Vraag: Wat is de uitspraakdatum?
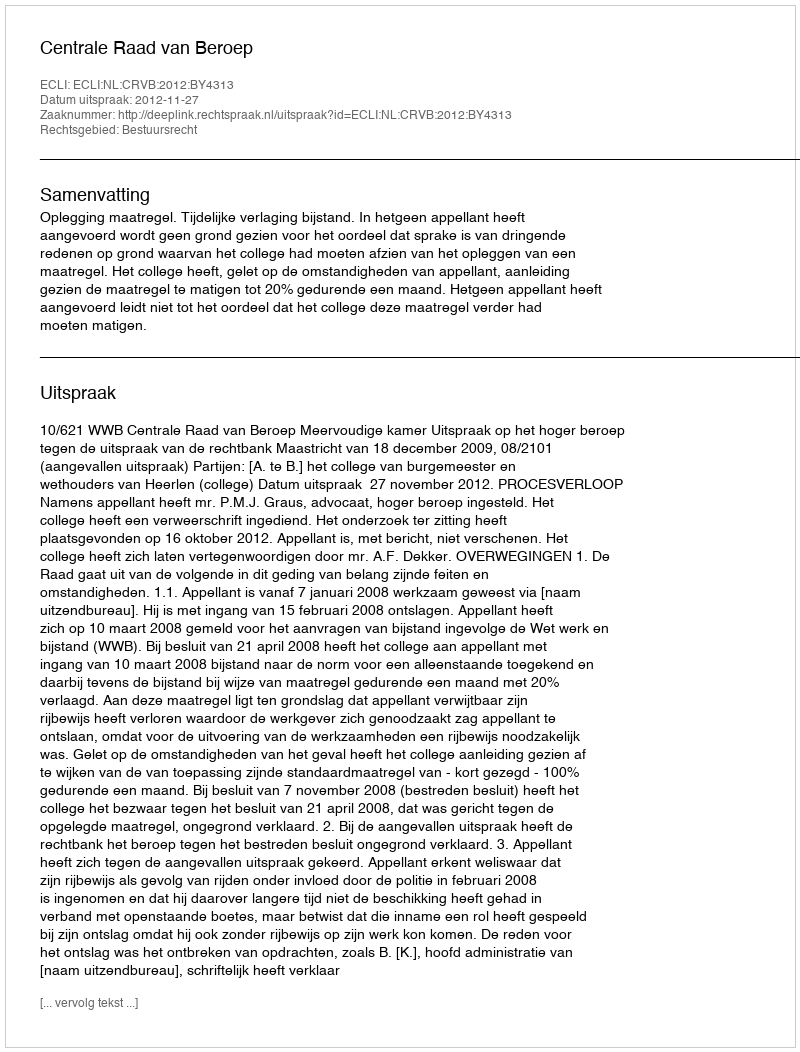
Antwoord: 2012-11-27